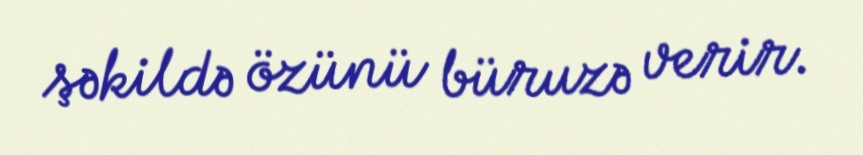
şəkildə özünü büruzə verir.